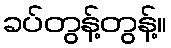
ခပ်တွန့်တွန့်။